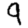
Digit: 9